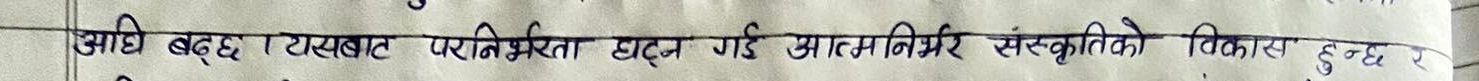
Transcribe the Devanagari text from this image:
आधि बद्छ । यसबाट परनिर्भरता घट्न गई आत्मनिर्भर संस्कृतिको विकास हुन्छ।